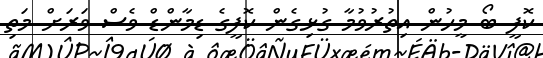
ކޮފީ ބޯ މީހުން އިތުރުވުމާ ގުޅިގެން ކޮފީގެ ޑިމާންޑް ވެސް ވަރަށް މަތި